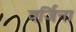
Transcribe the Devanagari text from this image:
वर्जिना